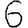
Digit: 6